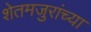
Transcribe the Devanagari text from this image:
शेतमजुरांच्या